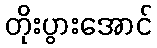
တိုးပွားအောင်